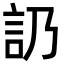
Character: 䚮